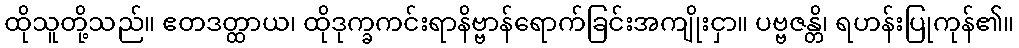
ထိုသူတို့သည်။ ဧတဒတ္ထာယ၊ ထိုဒုက္ခကင်းရာနိဗ္ဗာန်ရောက်ခြင်းအကျိုးငှာ။ ပဗ္ဗဇန္တိ၊ ရဟန်းပြုကုန်၏။